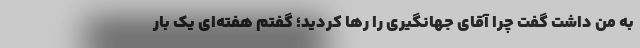
به من داشت گفت چرا آقای جهانگیری را رها کردید؛ گفتم هفته‌ای یک بار